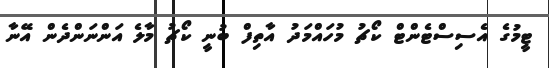
ޓީމުގެ އެސިސްޓެންޓް ކޯޗު މުހައްމަދު އާތިފް ބުނީ ކޯޗު މާލެ އަންނަންދެން އޭނާ